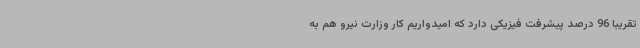
تقریبا 96 درصد پیشرفت فیزیکی دارد که امیدواریم کار وزارت نیرو هم به